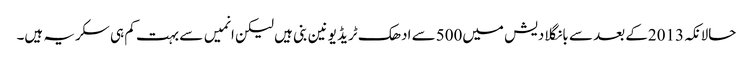
حالانکہ2013کے بعد سے بانگلادیش میں500سے ادھک ٹریڈ یونین بنی ہیں لیکن انمیں سے بہت کم ہی سکریہ ہیں۔